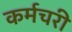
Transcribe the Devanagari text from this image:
कर्मचरी